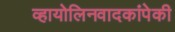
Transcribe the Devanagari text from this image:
व्हायोलिनवादकांपेकी